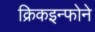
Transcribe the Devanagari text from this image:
क्रिकइन्फोने